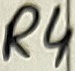
Text: R4